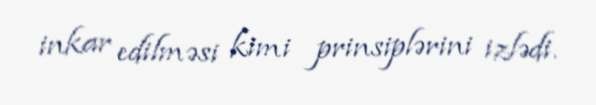
inkar edilməsi kimi prinsiplərini izlədi.